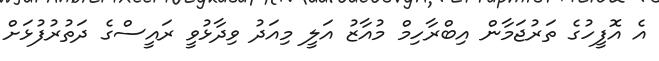
އެ އޮފީހުގެ ތަރުޖަމާން އިބްރާހިމް މުއާޒު އަލީ މިއަދު ވިދާޅުވީ ރައީސްގެ ދަތުރުފުޅަށް